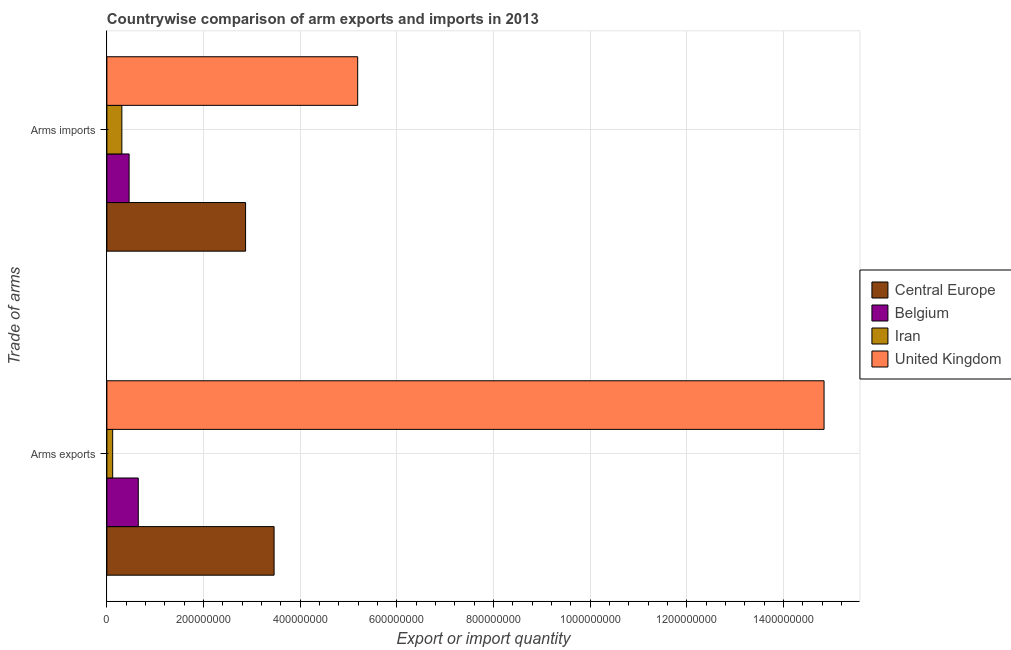
| Trade of arms | Central Europe | Belgium | Iran | United Kingdom |
 | --- | --- | --- | --- | --- |
 | Arms exports | 3.46e+08 | 6.5e+07 | 1.2e+07 | 1.48e+09 |
 | Arms imports | 2.87e+08 | 4.6e+07 | 3.1e+07 | 5.19e+08 |